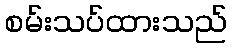
စမ်းသပ်ထားသည်